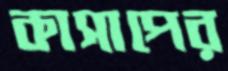
কাসাপের